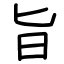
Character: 旨